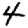
Digit: 4